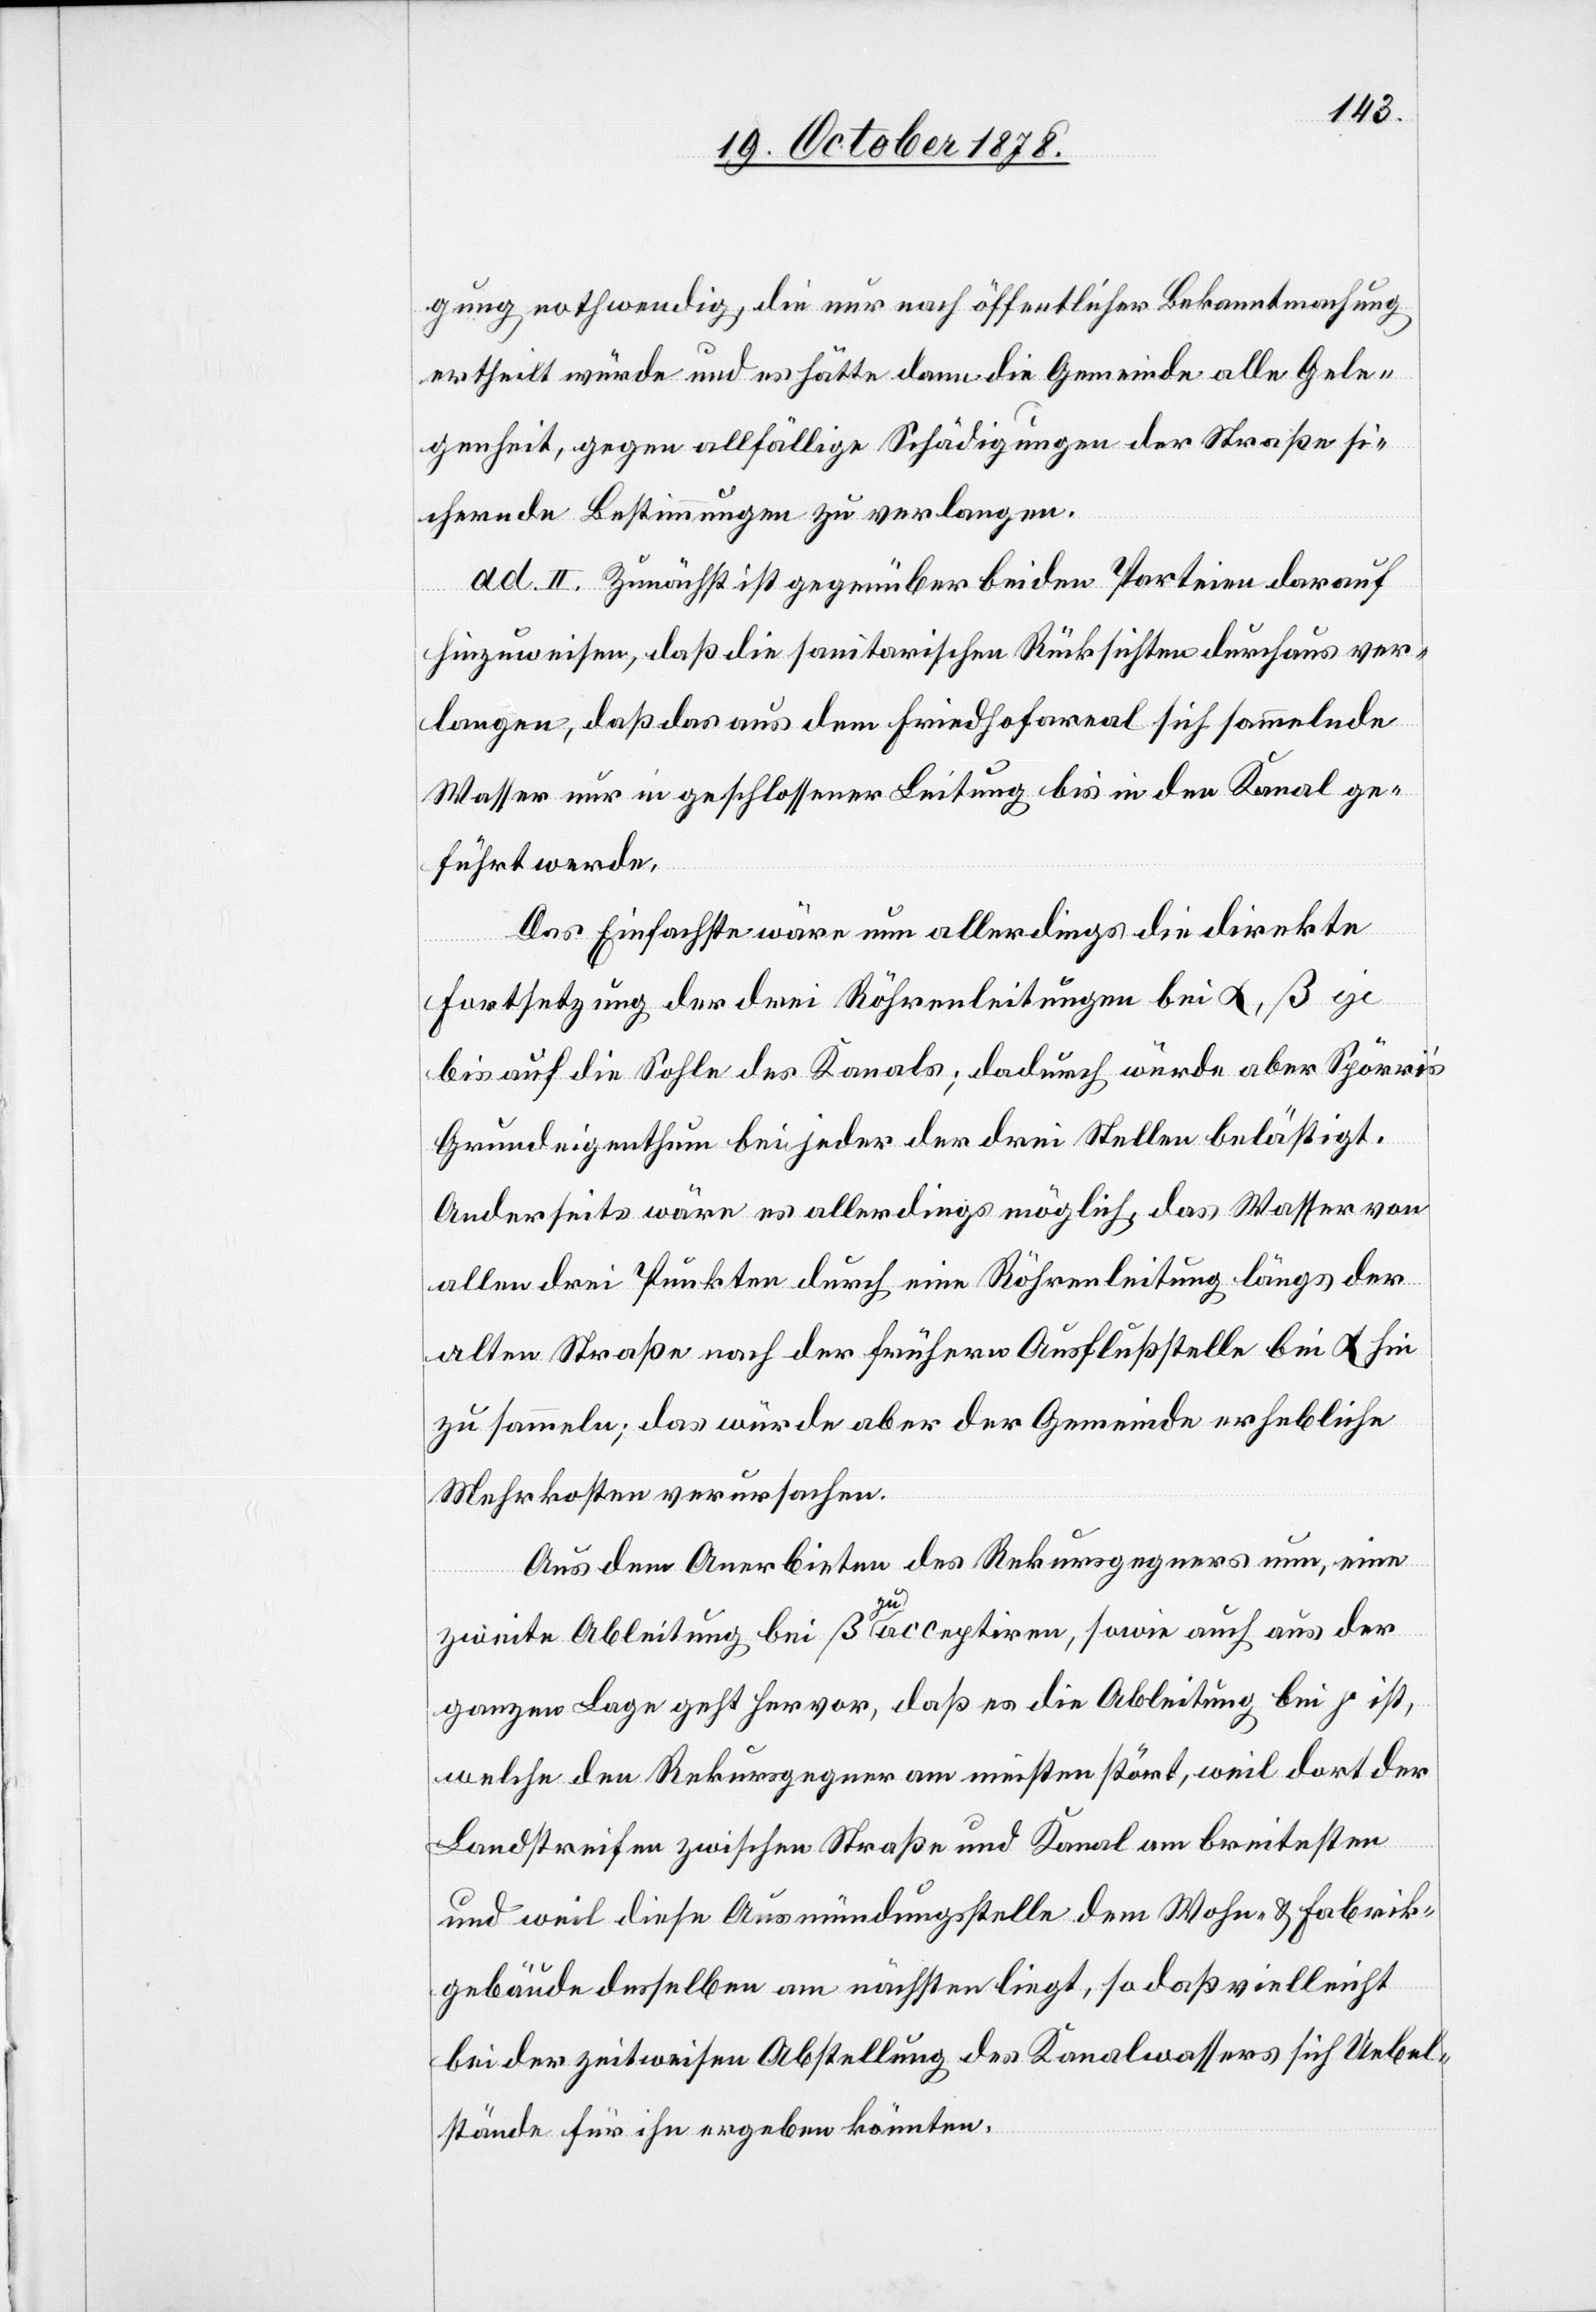
gung nothwendig, die nur nach öffentlicher Bekanntmachung
ertheilt würde und es hätte dann die Gemeinde alle Gele¬
genheit, gegen allfällige Schädigungen der Straße si¬
chernde Bestimmungen zu verlangen.
ad. II. Zunächst ist gegenüber beiden Parteien darauf
hinzuweisen, daß die sanitarischen Rücksichten durchaus ver¬
langen, daß das aus dem Friedhofareal sich sammelnde
Wasser nur in geschlossener Leitung bis in den Kanal ge¬
führt werde.
Das Einfachste wäre nun allerdings die direkte
Fortsetzung der drei Röhrenleitungen bei α, β je
bis auf die Sohle des Kanals; dadurch würde aber Spörri’s
Grundeigenthum bei jeder der drei Stellen belästigt.
Anderseits wäre es allerdings möglich, das Wasser von
allen drei Punkten durch eine Röhrenleitung längs der
alten Straße nach der frühern Ausflußstelle bei α hin
zu sammeln; das würde aber der Gemeinde erheblich
Mehrkosten verursachen.
Aus dem Anerbieten des Rekursgegners nun, eine
zweite Ableitung bei β zu acceptiren, sowie auch aus der
ganzen Lage geht hervor, daß es die Ableitung bei γ ist,
welche den Rekursgegner am meisten stört, weil dort der
Landstreifen zwischen Straße und Kanal am breitesten
und weil diese Ausmündungsstelle dem Wohn- & Fabrik¬
gebäude desselben am nächsten liegt, so daß vielleicht
bei der zeitweisen Abstellung des Kanalwassers sich Uebel¬
stände für ihn ergeben könnten.